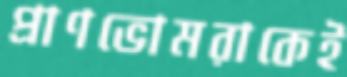
প্রাণভোমরাকেই